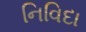
નિવિદા